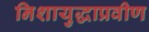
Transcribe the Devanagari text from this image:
निशायुद्धाप्रवीण